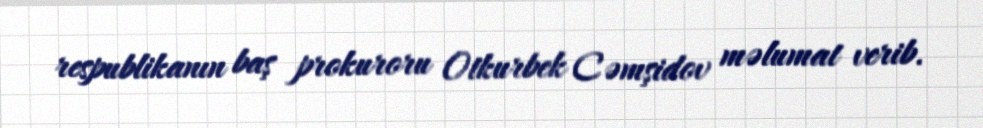
respublikanın baş prokuroru Otkurbek Cəmşidov məlumat verib.